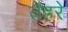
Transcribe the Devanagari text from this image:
तेहरे